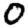
Digit: 0